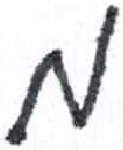
אות: מ